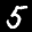
Label: 5